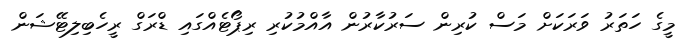
މީގެ ހަތަރު ވަރަކަށް މަސް ކުރިން ސަރުކާރުން އާއްމުކުރި ރިޕޯޓެއްގައި ޑްރަގް ރީހެބިލިޓޭޝަން